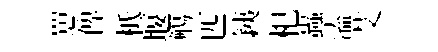
罳俾柢堰觴匹銕𣏌蟲溘艾